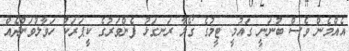
އެއްމެން ވެސް ބުނަނީ ގައުމީ ޓީމުގެ ގޯލާ ރަނގަޅު ފެންވަރުގެ ކީޕަރަކު ހަވާލުވަންދެއް